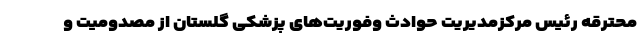
محترقه رئیس مرکزمدیریت حوادث وفوریت‌های پزشکی گلستان از مصدومیت و